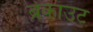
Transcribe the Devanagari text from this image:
ब्रेकाउट